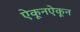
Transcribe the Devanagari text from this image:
ऐकूनऐकून